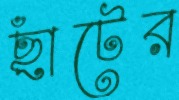
ছাঁটের